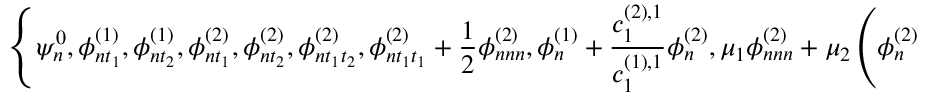
\left\{ \psi _ { n } ^ { 0 } , \phi _ { n t _ { 1 } } ^ { ( 1 ) } , \phi _ { n t _ { 2 } } ^ { ( 1 ) } , \phi _ { n t _ { 1 } } ^ { ( 2 ) } , \phi _ { n t _ { 2 } } ^ { ( 2 ) } , \phi _ { n t _ { 1 } t _ { 2 } } ^ { ( 2 ) } , \phi _ { n t _ { 1 } t _ { 1 } } ^ { ( 2 ) } + \frac { 1 } { 2 } \phi _ { n n n } ^ { ( 2 ) } , \phi _ { n } ^ { ( 1 ) } + \frac { c _ { 1 } ^ { ( 2 ) , 1 } } { c _ { 1 } ^ { ( 1 ) , 1 } } \phi _ { n } ^ { ( 2 ) } , \mu _ { 1 } \phi _ { n n n } ^ { ( 2 ) } + \mu _ { 2 } \left( \phi _ { n } ^ { ( 2 ) } - \frac { c _ { 1 } ^ { ( 2 ) , 1 } } { c _ { 1 } ^ { ( 1 ) , 1 } } \phi _ { n } ^ { ( 1 ) } \right) \right\} ,